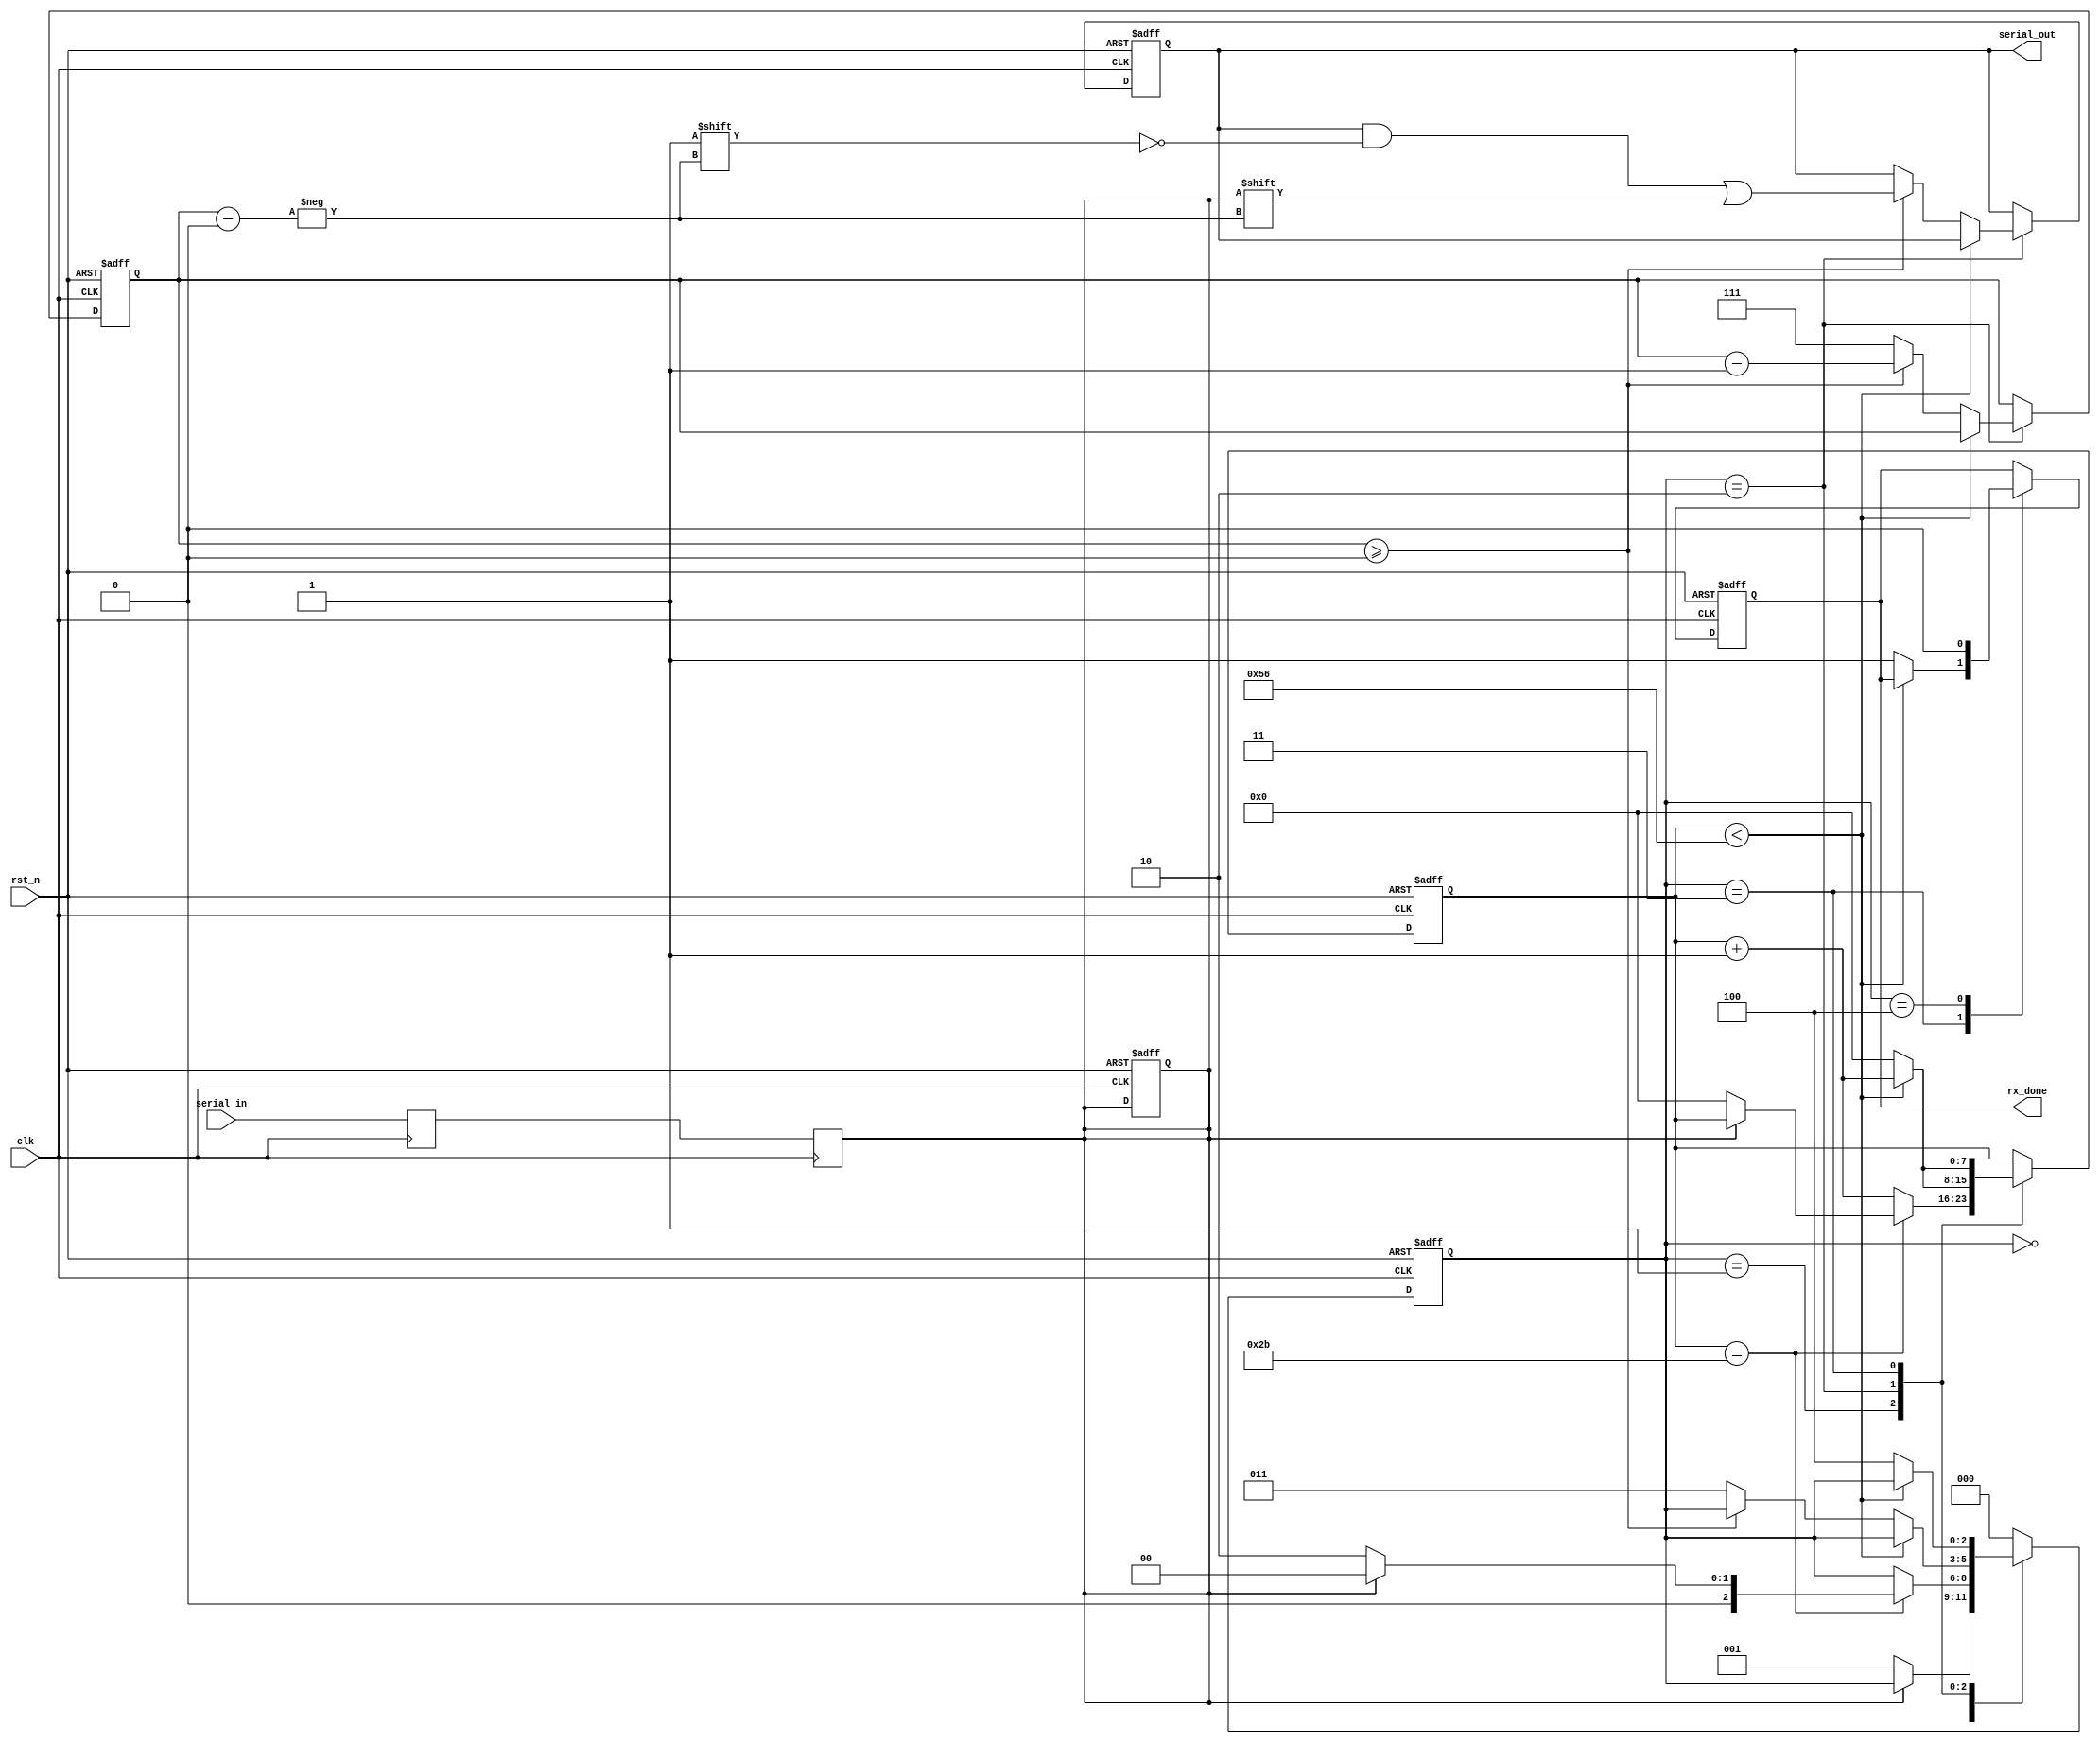

module UART_RX #(
parameter clk_per_bit = 87)(
input clk,
input rst_n,
input serial_in,
output [15:0] serial_out,
output rx_done
);

parameter IDLE = 3'b000;
parameter RX_START = 3'b001;
parameter RX_DATA_BITS = 3'b010;
parameter RX_STOP_BIT = 3'b011;
parameter CLEANUP = 3'b100;

reg [15:0] rx_byte_reg;
reg [7:0] clk_count;
reg [2:0] bit_idx; //8 bits total
reg [2:0] rx_state;
reg rx_data;
reg rx_done_reg;
reg rx_data_reg;

always @ (posedge clk)
begin
    rx_data_reg <= serial_in;
    rx_data <= rx_data_reg;
end


always @ (posedge clk or negedge rst_n)
begin
    if (~rst_n) begin
        rx_state <= IDLE;
        rx_data <= 1'b1;
        clk_count <= 8'd0;
        bit_idx <= 3'd7;
        rx_byte_reg <= 15'd0;
        rx_done_reg <= 1'b0;  
    end else begin
        case (rx_state)
        IDLE : begin
            if (rx_data == 0) begin
                rx_state <= RX_START;
            end
        end
        RX_START : begin
            if (clk_count == ((clk_per_bit - 1)/2)) begin
                if (rx_data == 0) begin
                    clk_count <= 8'd0;
                    rx_state <= RX_DATA_BITS;
                end else begin
                    rx_state <= IDLE;
                end
            end else begin
                clk_count <= clk_count + 8'd1;
            end
        end
        RX_DATA_BITS : begin
            if (clk_count < (clk_per_bit - 1)) begin
                clk_count <= clk_count + 8'd1;
            end else begin
                clk_count <= 8'd0;
                if (bit_idx >= 0) begin
                    bit_idx <= bit_idx - 3'd1;
                    rx_byte_reg[bit_idx] <= rx_data;
                end else begin
                    bit_idx <= 3'd7;
                    rx_state <= RX_STOP_BIT;
                end
            end
        end
        RX_STOP_BIT : begin
            if (clk_count < (clk_per_bit - 1)) begin
                clk_count <= clk_count + 1;
            end else begin
                clk_count <= 8'd0;
                rx_done_reg <= 1'b1;
                rx_state <= CLEANUP;
            end
        end
        CLEANUP : begin
            rx_state <= IDLE;
            rx_done_reg <= 1'b0;
        end
        default : begin
            rx_state <= IDLE;
        end
        endcase
    end
end

assign rx_done = rx_done_reg;
assign serial_out = rx_byte_reg;

endmodule